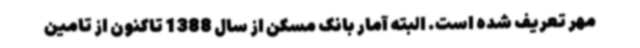
مهر تعریف شده است. البته آمار بانک مسکن از سال 1388 تاکنون از تامین